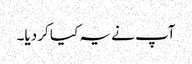
آپ نے یہ کیا کر دیا۔